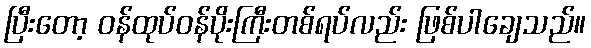
ပြီးတော့ ဝန်ထုပ်ဝန်ပိုးကြီးတစ်ရပ်လည်း ဖြစ်ပါချေသည်။